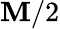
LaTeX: \mathbf{M}/2